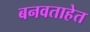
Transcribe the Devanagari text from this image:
बनवताहेत